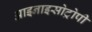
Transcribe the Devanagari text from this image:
आइनाइसोट्रोपी